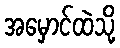
အမှောင်ထဲသို့